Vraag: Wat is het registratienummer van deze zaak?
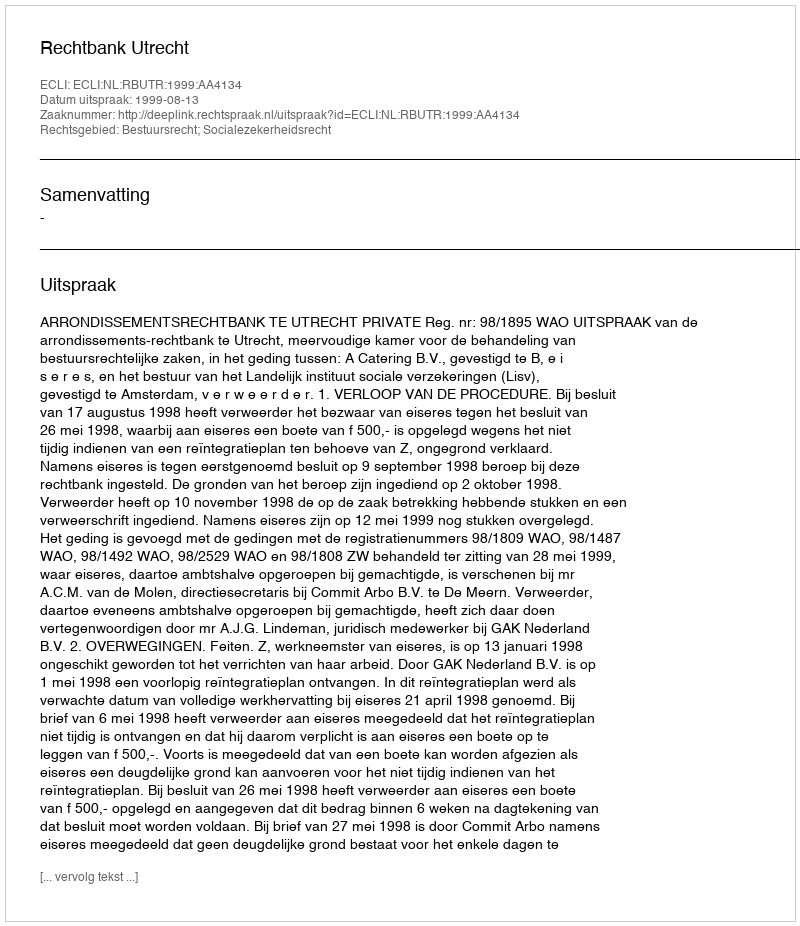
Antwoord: http://deeplink.rechtspraak.nl/uitspraak?id=ECLI:NL:RBUTR:1999:AA4134